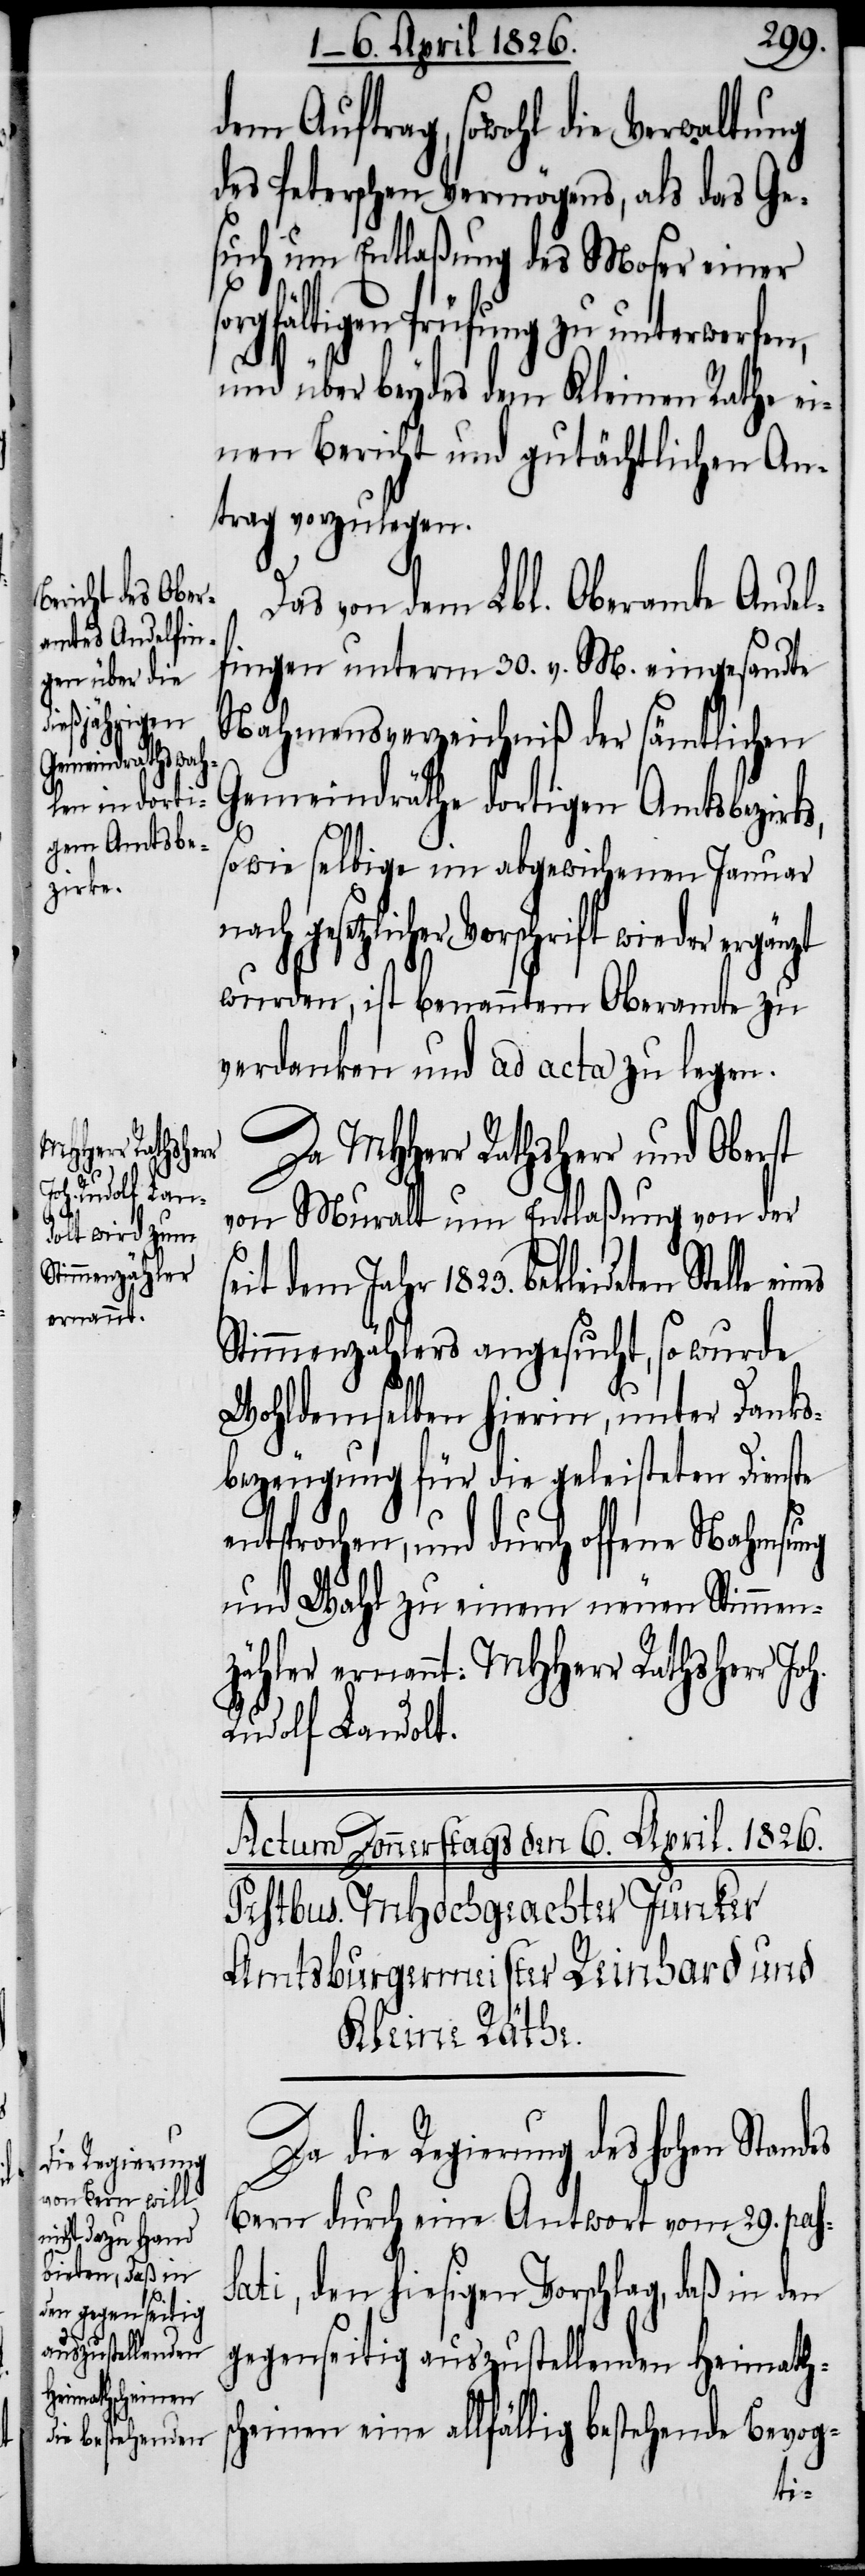
dem Auftrag, sowohl die Verwaltung
des Peterschen Vermögens, als das Ge¬
such um Entlaßung des Moser einer
sorgfältigen Prüfung zu unterwerfen,
und über beydes dem Kleinen Rathe ei¬
nen Bericht und gutächtlichen An¬
trag vorzulegen.
Das von dem Lbl. Oberamte Andel¬
fingen unterm 30. v. M. eingesandte
Nahmensverzeichniß der sämtlichen
Gemeindräthe dortigen Amtsbezirks,
sowie selbige im abgewichenen Januar
ach gesetzlicher Vorschrift wieder ergänzt
wurden, ist benanntem Oberamte zu
verdanken und ad acta zu legen.
Da MHHerr Rathsherr und Oberst
von Muralt um Entlaßung von der
t dem Jahr 1823. bekleideten Stelle
Stimmenzählers angesucht, so wurde
Wohldemselben hierin, unter Danks¬
bezeugung für die geleisteten Dienste
es
entsprochen, und durch offene Nahmsung
und Wahl zu einem neuen Stimmen¬
zähler ernannt: MHHerr Rathsherr Jo¬
Rudolf Landolt.
Da die Regierung des hohen Stand¬
Bern durch eine Antwort vom 20. pas¬
sati, den hiesigen Vorschlag, daß in den
gegenseitig auszustellenden Heimaths¬
cheinen eine allfällig bestehende Bevog-
h.